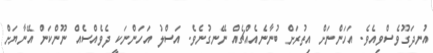
އުނދަގޫވެސްވިއެވެ. އަހަންނަށް އިތުރަށް ބުނާނެއެއްޗެއް ނޭނގުނެވެ. އަސްލު އަހަންނަކީ ދެވެއްސެއް ނޫންކަން އޭނާޔަށް